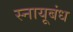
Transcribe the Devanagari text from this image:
स्नायूबंध